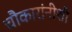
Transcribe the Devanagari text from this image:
चौकारांनीशी